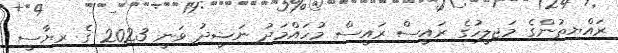
ރައްޔިތުންގެ މަޖިލީހުގެ ރައީސް ރައީސް މުހައްމަދު ނަޝީދު ވަނީ 2023 ގެ ރިޔާސީ